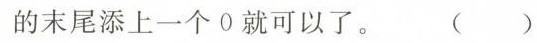
的末尾添上一个0就可以了。 ( )